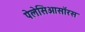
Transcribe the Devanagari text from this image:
पेलेसिओसॉरस